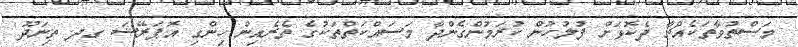
މަސްތުވާތަކެއްޗާ ދެކޮޅަށް ފުލުހުން ކުރަމުންގެންދާ މަސައްކަތްތަކުގެ ތެރެއިން ހިންގި އޮޕަރޭޝަ ގދ. ތިނަދޫ